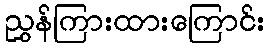
ညွှန်ကြားထားကြောင်း